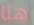
هنا